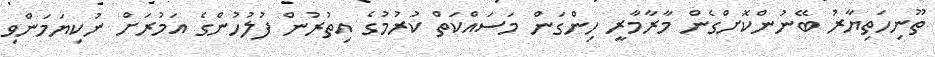
ތޫނިހަތިޔާރު ބޭނުންކޮށްގެން މާރާމާރީ ހިންގަން މަސައްކަތް ކުރުމުގެ އިތުރުން ފުލުހުންގެ އަމުރަށް ނުކިޔަމަންވި